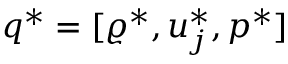
q ^ { * } = [ \varrho ^ { * } , u _ { j } ^ { * } , p ^ { * } ]